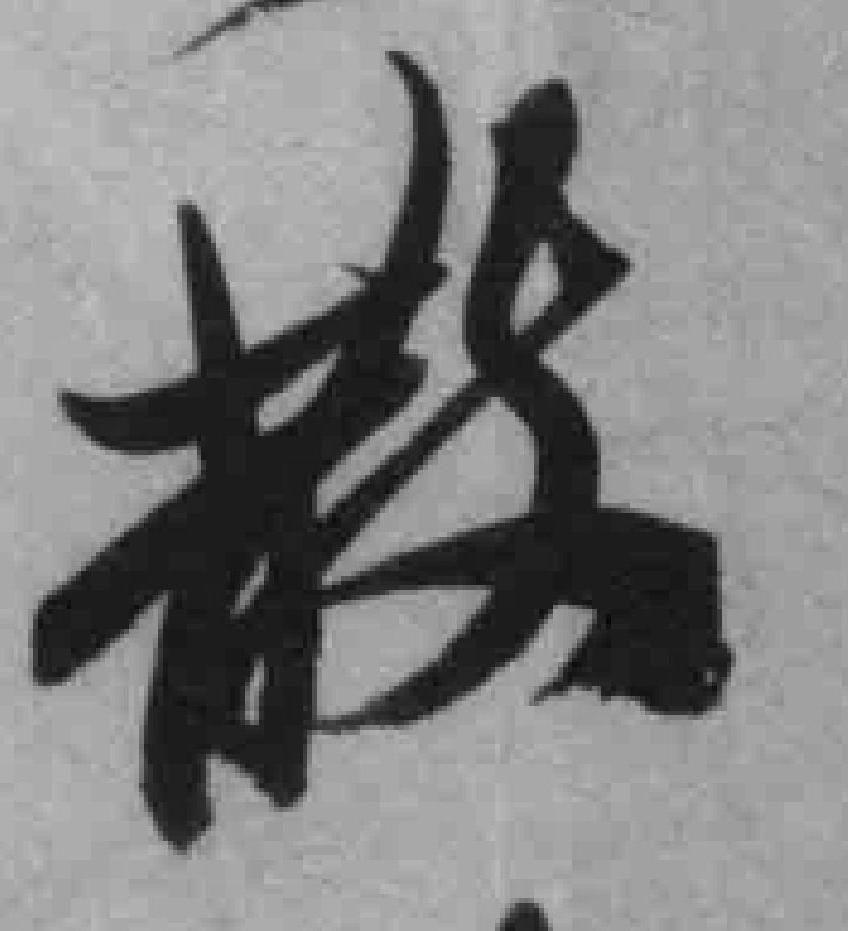
散